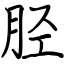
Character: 胫